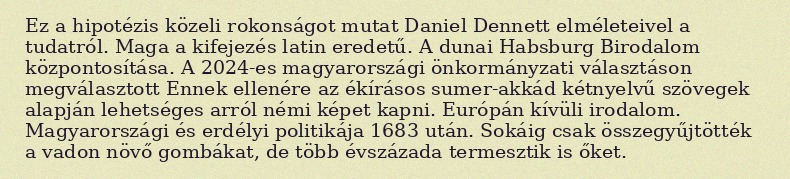
Ez a hipotézis közeli rokonságot mutat Daniel Dennett elméleteivel a tudatról. Maga a kifejezés latin eredetű. A dunai Habsburg Birodalom központosítása. A 2024-es magyarországi önkormányzati választáson megválasztott Ennek ellenére az ékírásos sumer-akkád kétnyelvű szövegek alapján lehetséges arról némi képet kapni. Európán kívüli irodalom. Magyarországi és erdélyi politikája 1683 után. Sokáig csak összegyűjtötték a vadon növő gombákat, de több évszázada termesztik is őket.